Vaccination returns of the Province of Eastern Bengal and Assam - 1905-1912
Year: 1905
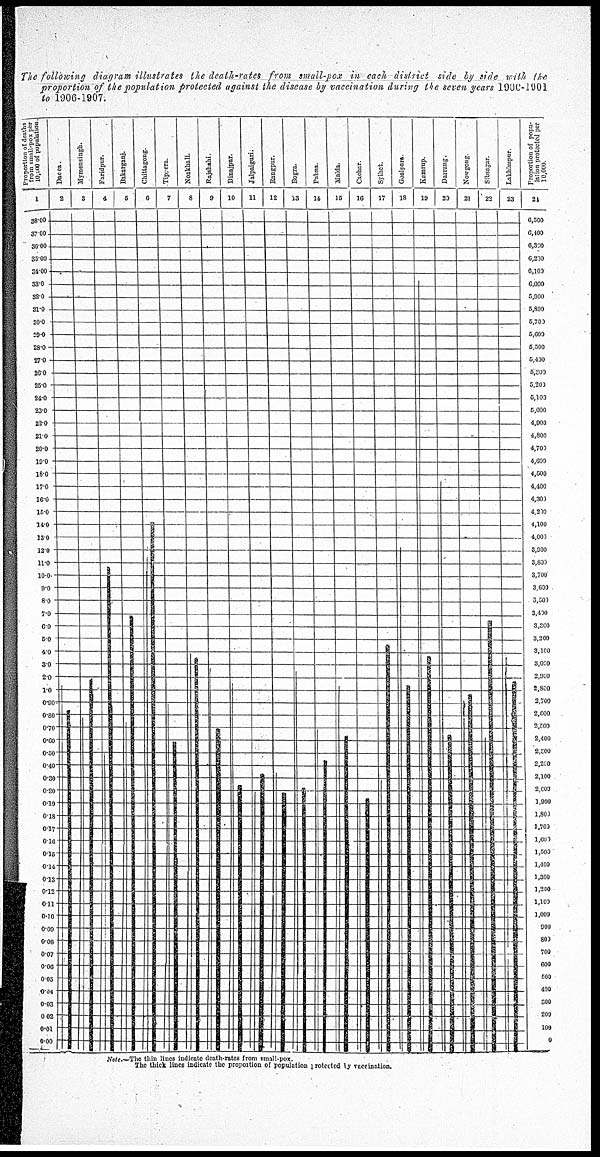
The following diagram illustrates the death-rates from small-pox in each district side by side with the
proportion of the population protected against the disease by vaccination during the seven years 1900-1901
to 1906-1907.
Note—The thin lines indicate death-rates from small-pox.
The thick lines indicate the proportion of population protected by vaccination.